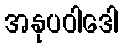
အနုပဝါဒေါ